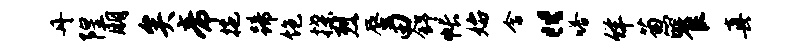
丹隍朋矣帝拖蹄饱揲烈蜃田舒帐始含“嗒佯葱瞿真